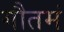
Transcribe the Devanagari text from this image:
गौतमं